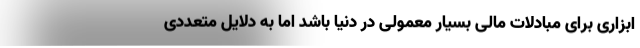
ابزاری برای مبادلات مالی بسیار معمولی در دنیا باشد اما به دلایل متعددی